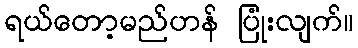
ရယ်တော့မည်ဟန် ပြုံးလျက်။